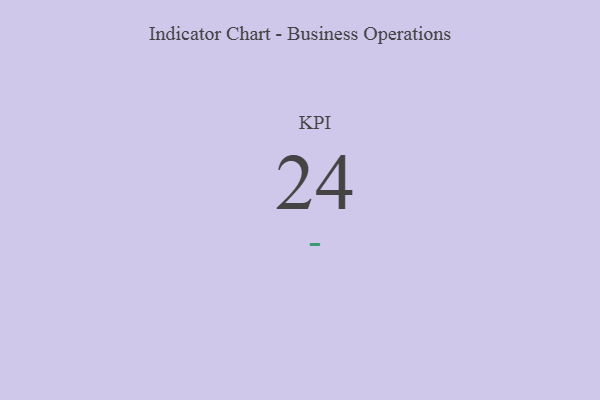
{"axis": {"x": "KPI", "y": "Value"}, "legend": [""], "data": [{"x": "KPI", "y": 24, "type": ""}]}